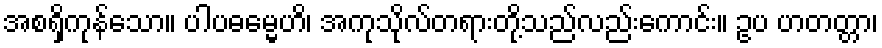
အစရှိကုန်သော။ ပါပဓမ္မေဟိ၊ အကုသိုလ်တရားတို့သည်လည်းကောင်း။ ဥပ ဟတတ္တာ၊